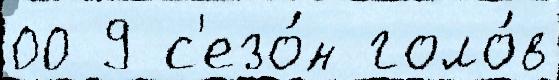
00 9 с'езо́н голо́в